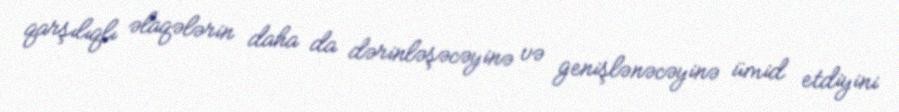
qarşılıqlı əlaqələrin daha da dərinləşəcəyinə və genişlənəcəyinə ümid etdiyini